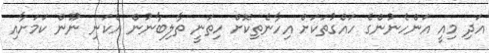
އަދި މިއީ އަންހެނުންގެ ހައްގުތަކަށް އިހާނެތިކޮށް ހިތަނީ ތާލިބާނުން އެކަނި ނޫން ކަމަށާއި